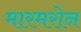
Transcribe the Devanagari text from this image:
मारमरोन